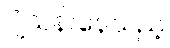
ပျံသန်းနေသည့်